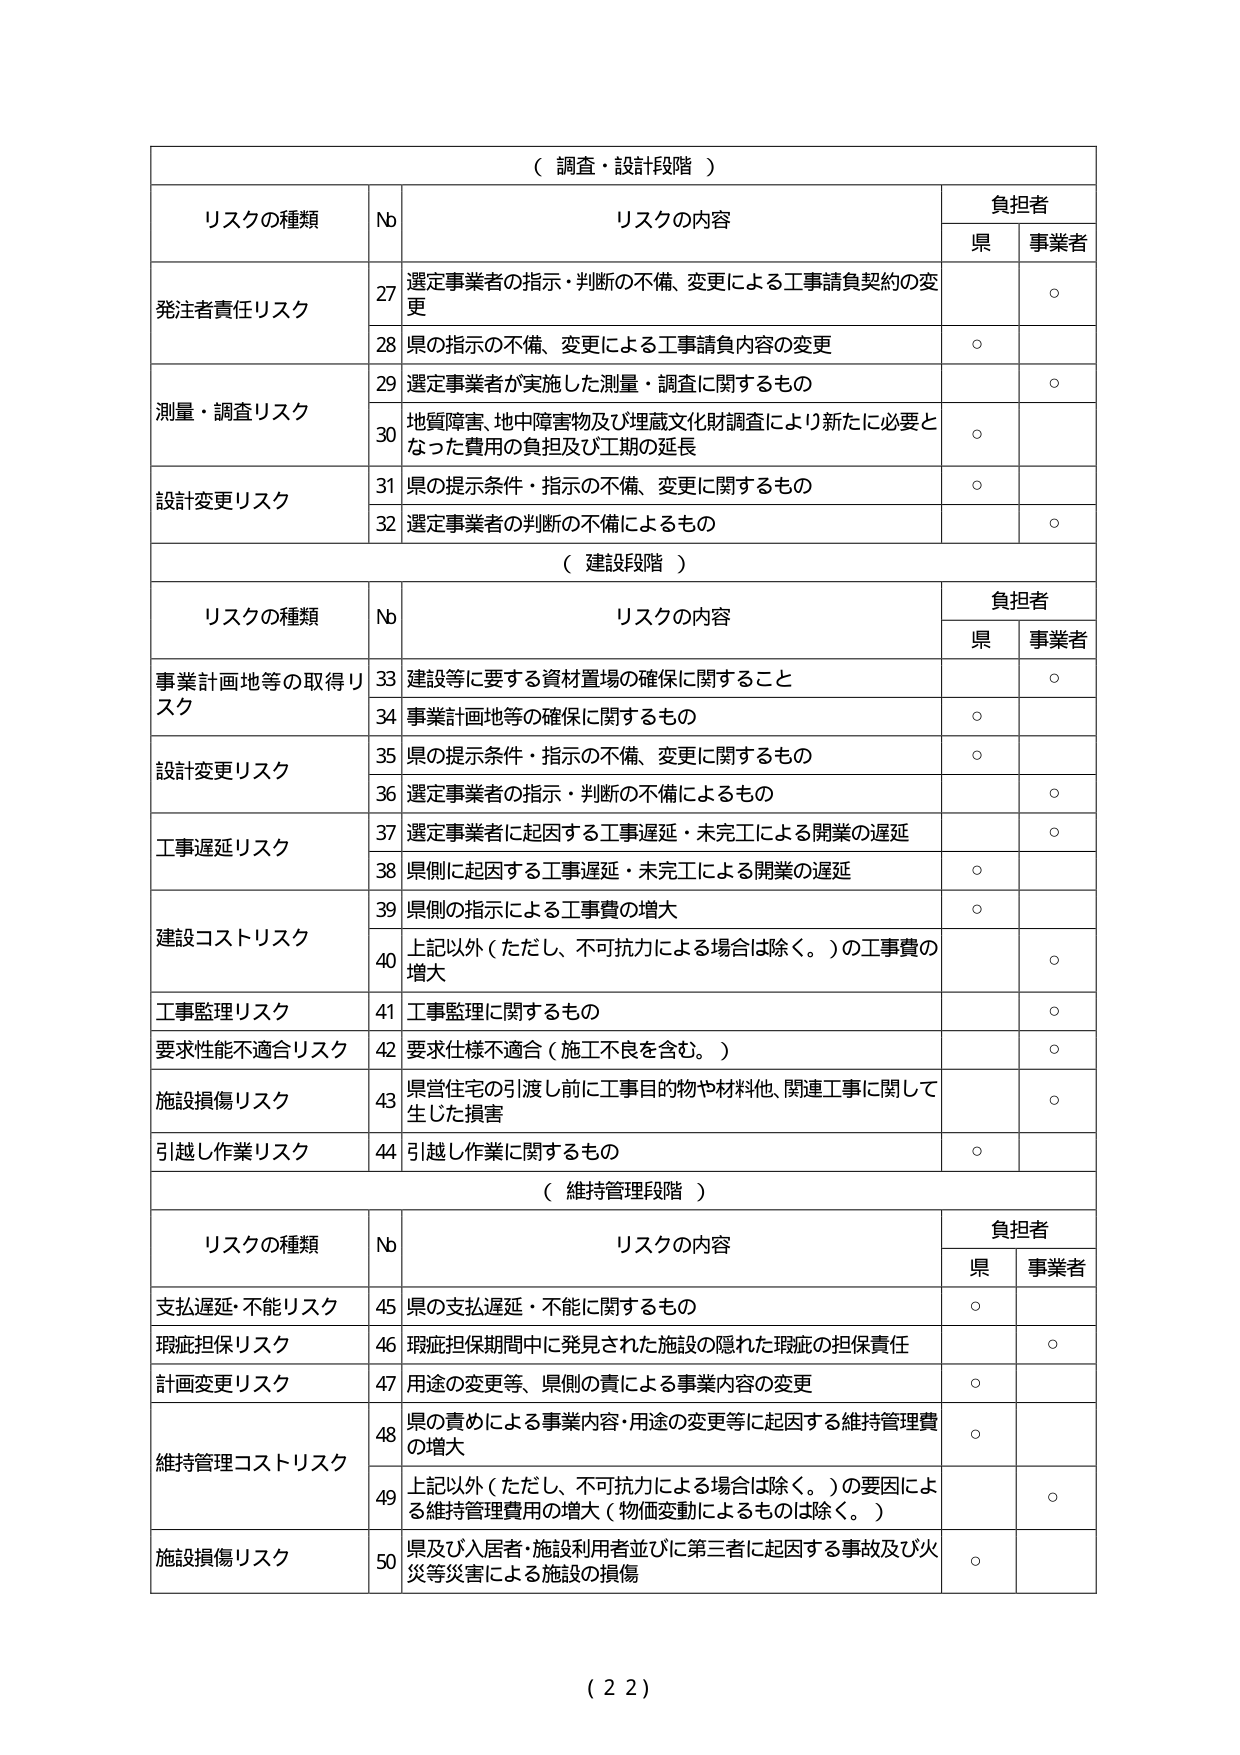
（ 調査・設計段階 ）

リスクの種類	Nb	リスクの内容	負担者
		県	事業者
発注者責任リスク	27	選定事業者の指示・判断の不備、変更による工事請負契約の変更	○
	28	県の指示の不備、変更による工事請負内容の変更	○
測量・調査リスク	29	選定事業者が実施した測量・調査に関するもの	○
	30	地質障害、地中障害物及び埋蔵文化財調査により新たに必要となった費用の負担及び工期の延長	○
設計変更リスク	31	県の提示条件・指示の不備、変更に関するもの	○
	32	選定事業者の判断の不備によるもの	○

（ 建設段階 ）

リスクの種類	Nb	リスクの内容	負担者
		県	事業者
事業計画地等の取得リスク	33	建設等に要する資材置場の確保に関すること	○
	34	事業計画地等の確保に関するもの	○
設計変更リスク	35	県の提示条件・指示の不備、変更に関するもの	○
	36	選定事業者の指示・判断の不備によるもの	○
工事遅延リスク	37	選定事業者に起因する工事遅延・未完工による開業の遅延	○
	38	県側に起因する工事遅延・未完工による開業の遅延	○
建設コストリスク	39	県側の指示による工事費の増大	○
	40	上記以外（ただし、不可抗力による場合は除く。）の工事費の増大	○
工事監理リスク	41	工事監理に関するもの	○
要求性能不適合リスク	42	要求仕様不適合（施工不良を含む。）	○
施設損傷リスク	43	県営住宅の引渡し前に工事目的物や材料他、関連工事に関して生じた損害	○
引越し作業リスク	44	引越し作業に関するもの	○

（ 維持管理段階 ）

リスクの種類	Nb	リスクの内容	負担者
		県	事業者
支払遅延・不能リスク	45	県の支払遅延・不能に関するもの	○
瑕疵担保リスク	46	瑕疵担保期間中に発見された施設の隠れた瑕疵の担保責任	○
計画変更リスク	47	用途の変更等、県側の責による事業内容の変更	○
維持管理コストリスク	48	県の責めによる事業内容・用途の変更等に起因する維持管理費の増大	○
	49	上記以外（ただし、不可抗力による場合は除く。）の要因による維持管理費用の増大（物価変動によるものは除く。）	○
施設損傷リスク	50	県及び入居者・施設利用者並びに第三者に起因する事故及び火災等災害による施設の損傷	○

（ 2 2 ）